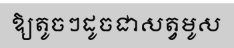
ឱ្យតូចៗដូចជាសត្វមូស